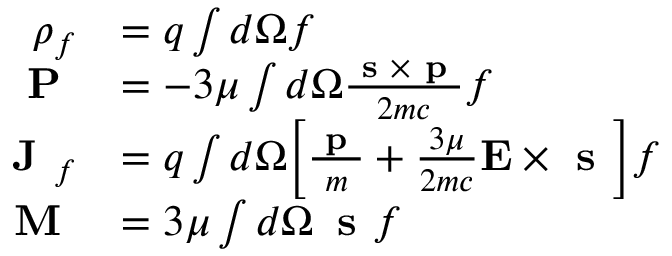
\begin{array} { r l } { \rho _ { f } } & { = q \int d \Omega f } \\ { \textbf { P } } & { = - 3 \mu \int d \Omega \frac { \textbf { s } \times \textbf { p } } { 2 m c } f } \\ { \textbf { J } _ { f } } & { = q \int d \Omega \Big [ \frac { \textbf { p } } { m } + \frac { 3 \mu } { 2 m c } \mathbf { E } \times \textbf { s } \Big ] f } \\ { \textbf { M } } & { = 3 \mu \int d \Omega \, \textbf { s } f } \end{array}